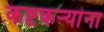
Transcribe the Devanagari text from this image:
कष्टकऱ्यांना